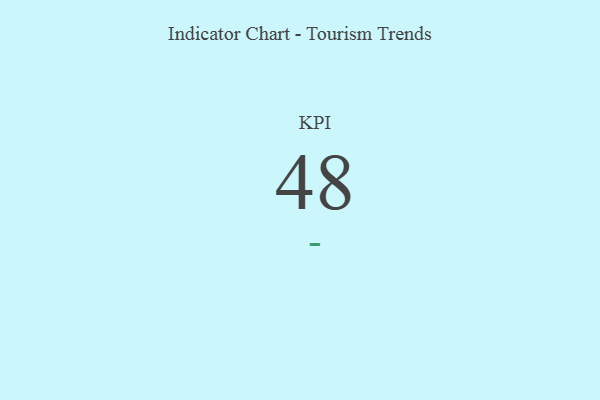
{"axis": {"x": "KPI", "y": "Value"}, "legend": [""], "data": [{"x": "KPI", "y": 48, "type": ""}]}